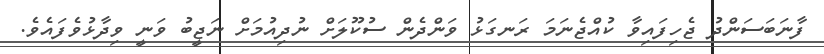
ފާނަބަސަންދު ޖެހިފައިވާ ކުއްޖެނަމަ ރަނގަޅު ވަންދެން ސުކޫލަށް ނުދިއުމަށް ނަޖީބު ވަނީ ވިދާޅުވެފައެވެ.